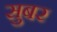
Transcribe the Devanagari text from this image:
सुबर